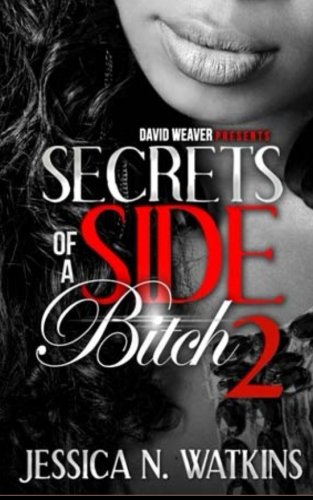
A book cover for Secrets of a Side Bitch 2; Jessica N. Watkins; Romance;